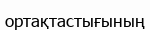
ортақтастығының